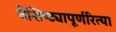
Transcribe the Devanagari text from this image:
वैशिष्ट्यापूर्णरित्या